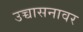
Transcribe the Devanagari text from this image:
उच्चासनावर